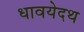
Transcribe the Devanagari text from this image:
धावयेदथ